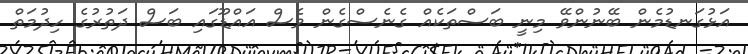
އަޅުގަނޑުމެން ބޭނުންވޭ މިނީ ބަސްތަކެއް ގެނެސްގެން ވެސް އައްޑޫގައި ބަސް ދަތުރުގެ ހިދުމަތް